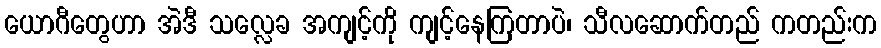
ယောဂီတွေဟာ အဲဒီ သလ္လေခ အကျင့်ကို ကျင့်နေကြတာပဲ၊ သီလဆောက်တည် ကတည်းက